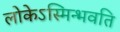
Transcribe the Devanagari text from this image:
लोकेऽस्मिन्भवति